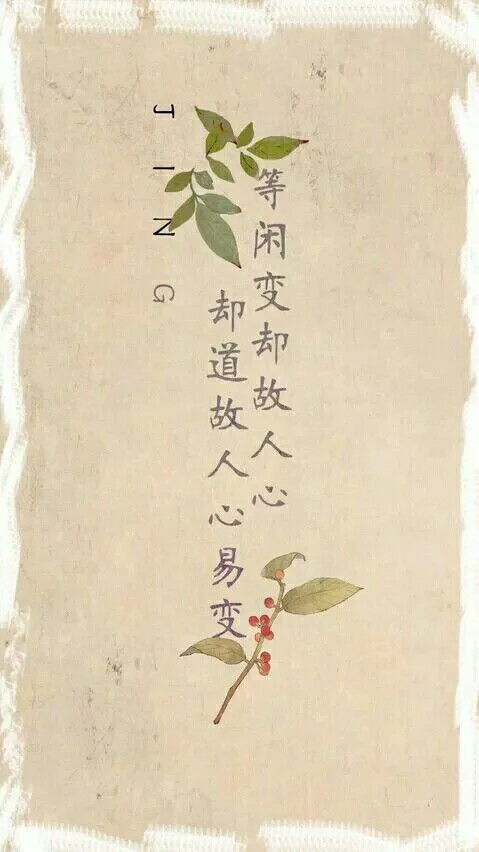
等闲变却故人心，却道故人心易变。